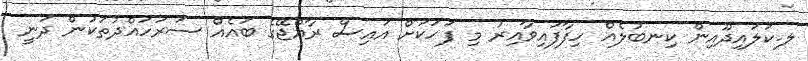
ލ.ކަލައިދޫއިން ކިނބުލެއް ހިފާފައިވާއިރު މި ފަހަކަށް އައިސް ރާއްޖޭގެ ބައެއް ސަރަހައްދުތަކުން ދަނީ